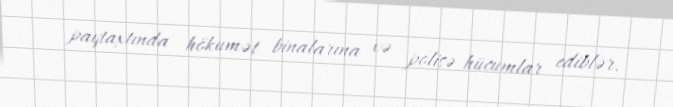
paytaxtında hökumət binalarına və polisə hücumlar ediblər.